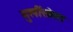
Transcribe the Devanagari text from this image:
मुलींसोबत